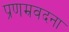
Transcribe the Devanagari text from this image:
प्रणम्रवदना